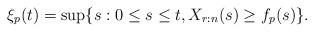
LaTeX: \begin{align*}\xi_p(t)=\sup\{s:0\le s\le t, X_{r:n}(s)\ge f_p(s)\}.\end{align*}